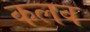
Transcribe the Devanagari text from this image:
कलव